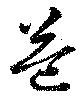
益